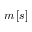
m \left[ s \right]